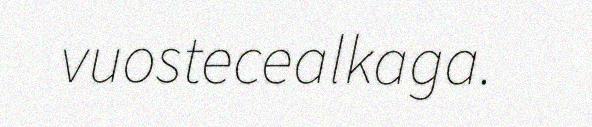
vuostecealkaga.